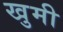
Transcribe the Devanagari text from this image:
खुमी